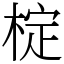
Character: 椗